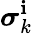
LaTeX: {\boldsymbol{\sigma}}_{k}^{\mathbf{i}}